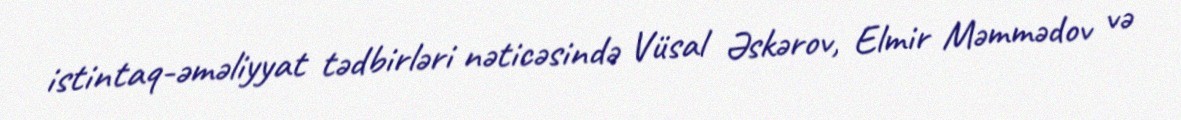
istintaq-əməliyyat tədbirləri nəticəsində Vüsal Əskərov, Elmir Məmmədov və